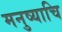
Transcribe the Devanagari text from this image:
मनुष्याचि